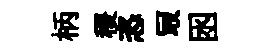
柄稷恣冣囦